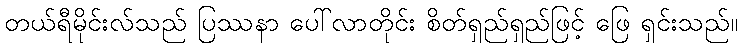
တယ်ရီမိုင်းလ်သည် ပြဿနာ ပေါ်လာတိုင်း စိတ်ရှည်ရှည်ဖြင့် ဖြေ ရှင်းသည်။